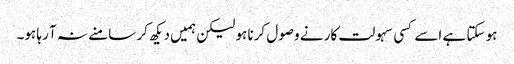
ہو سکتا ہے اسے کسی سہولت کار نے وصول کرنا ہو لیکن ہمیں دیکھ کر سامنے نہ آ رہا ہو۔